Relation of titanus [i.e. tetanus] to the hypodermic or intramuscular injection of quinine - Number 43
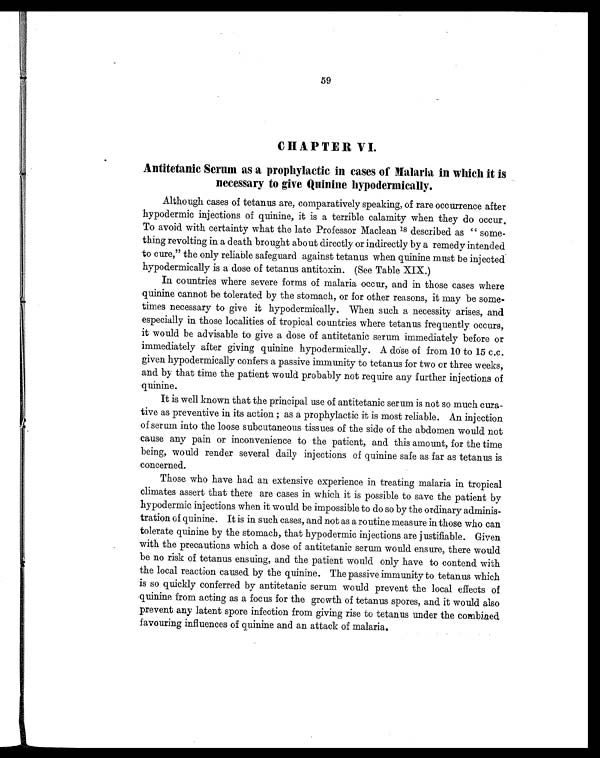
59
CHAPTER VI.
Antitetanic Serum as a prophylactic in cases of Malaria in which it is
necessary to give Quinine hypodermically.
Although cases of tetanus are, comparatively speaking, of rare occurrence after
hypodermic injections of quinine, it is a terrible calamity when they do occur.
To avoid with certainty what the late Professor Maclean 18 described as " some
- t h i n g r e v o l t i n g i n a d e a t h b r o u g h t a b o u t d i r e c t l y o r i n d i r e c t l y b y a r e m e d y i n t e n d e d
to cure," the only reliable safeguard against tetanus when quinine must be injected
hypodermically is a dose of tetanus antitoxin. (See Table XIX.)
In countries where severe forms of malaria occur, and in those cases where
quinine cannot be tolerated by the stomach, or for other reasons, it may be some
- t i m e s n e c e s s a r y t o g i v e i t h y p o d e r m i c a l l y . W h e n s u c h a n e c e s s i t y a r i s e s , a n d
especially in those localities of tropical countries where tetanus frequently occurs,
it would be advisable to give a dose of antitetanic serum immediately before or
i mmedi atel y after gi vi ng qui ni ne hypodermi cal l y. A dose of from 10 to 15 c.c.
given hypodermically confers a passive immunity to tetanus for two or three weeks,
and by that time the patient would probably not require any further injections of
quinine.
It is well known that the principal use of antitetanic serum is not so much cura
- t i v e a s p r e v e n t i v e i n i t s a c t i o n ; a s a p r o p h y l a c t i c i t i s m o s t r e l i a b l e . A n i n j e c t i o n
of serum into the loose subcutaneous tissues of the side of the abdomen would not
cause any pain or inconvenience to the patient, and this amount, for the time
being, would render several daily injections of quinine safe as far as tetanus is
concerned.
Those who have had an extensive experience in treating malaria in tropical
climates assert that there are cases in which it is possible to save the patient by
hypodermic injections when it would be impossible to do so by the ordinary adminis
- t r a t i o n o f q u i n i n e . I t i s i n s u c h c a s e s , a n d n o t a s a r o u t i n e m e a s u r e i n t h o s e w h o c a n
tolerate quinine by the stomach, that hypodermic injections are justifiable. Given
with the precautions which a dose of antitetanic serum would ensure, there would
be no risk of tetanus ensuing, and the patient would only have to contend with
the local reaction caused by the quinine. The passive immunity to tetanus which
is so quickly conferred by antitetanic serum would prevent the local effects of
quinine from acting as a focus for the growth of tetanus spores, and it would also
prevent any latent spore infection from giving rise to tetanus under the combined
favouring influences of quinine and an attack of malaria.